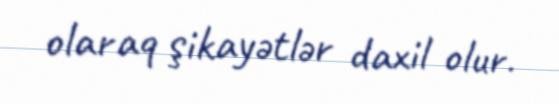
olaraq şikayətlər daxil olur.